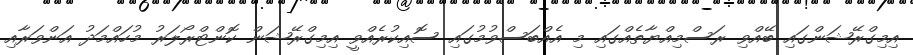
އިމިގްރޭޝަންގައި ބޭއްވި ރަސްމިއްޔާތެއްގައި މި އެއްބަސްވުމުގައި ސޮއިކުރެއްވީ އިމިގްރޭޝަން ކޮންޓްރޯލަރު މުހައްމަދު އަންވަރާއި